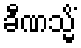
ခီဏသ္မိံ